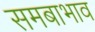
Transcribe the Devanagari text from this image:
समबाभाव